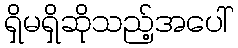
ရှိမရှိဆိုသည့်အပေါ်